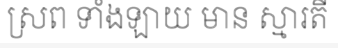
ស្រព ទាំងឡាយ មាន ស្មារតី